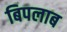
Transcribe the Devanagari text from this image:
बिपलाब